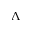
\Lambda